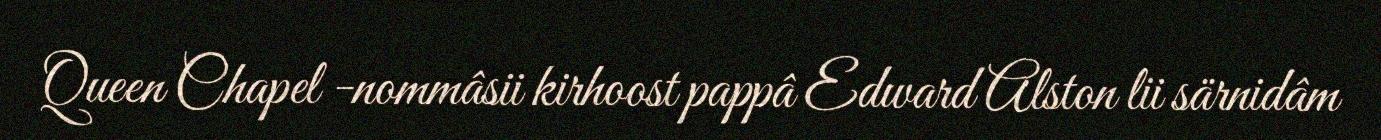
Queen Chapel -nommâsii kirhoost pappâ Edward Alston lii särnidâm